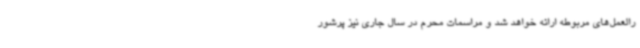
رالعمل‌های مربوطه ارائه خواهد شد و مراسمات محرم در سال جاری نیز پرشور